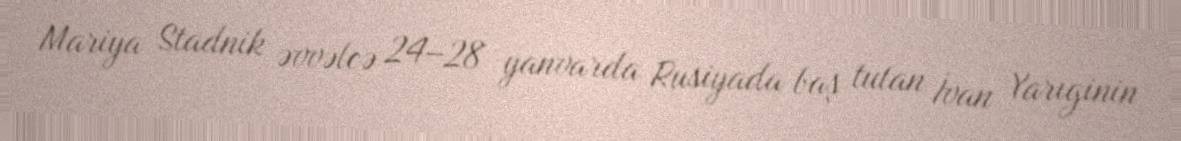
Mariya Stadnik əvvəlcə 24–28 yanvarda Rusiyada baş tutan İvan Yarıginin